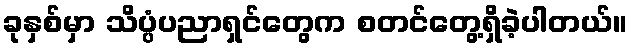
ခုနှစ်မှာ သိပ္ပံပညာရှင်တွေက စတင်တွေ့ရှိခဲ့ပါတယ်။